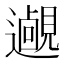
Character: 𨘵